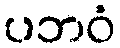
ပဘဝံ